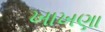
ખાખણા